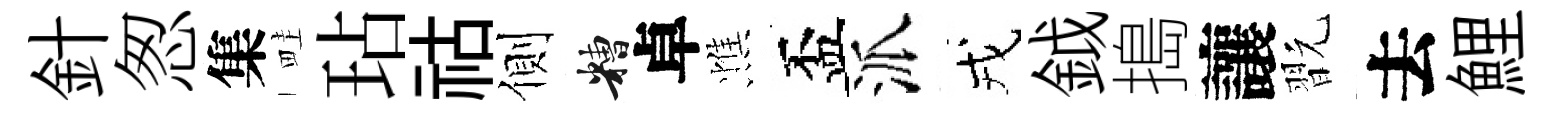
針怱集畦玷祜側糟卓憔盃派戎鉞搗讓翫去鯉